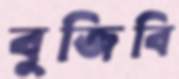
বুজিবি